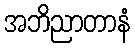
အဘိညာတာနံ